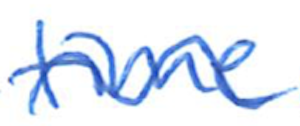
Text: time
Cross-out: wave
Writing tool: ballpoint